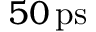
5 0 \, \mathrm { p s }